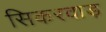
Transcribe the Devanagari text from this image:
सिकरवाड़